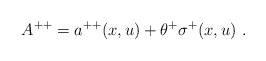
\begin{align*}A^{++} = a^{++}(x, u) + \theta^{+}\sigma^+(x, u) \ .\end{align*}